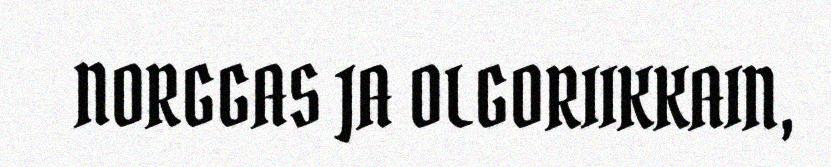
NORGGAS JA OLGORIIKKAIN,